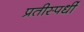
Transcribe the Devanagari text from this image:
प्रतीस्पर्धी